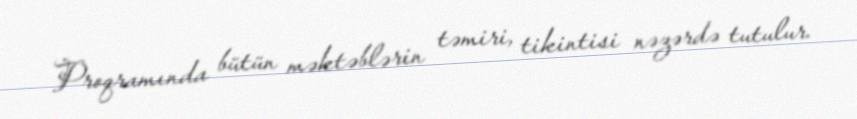
Proqramında bütün məktəblərin təmiri, tikintisi nəzərdə tutulur.